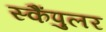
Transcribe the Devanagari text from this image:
स्कैंपुलर